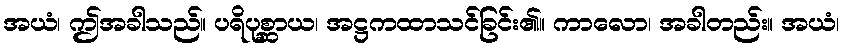
အယံ၊ ဤအခါသည်။ ပရိပုစ္ဆာယ၊ အဋ္ဌကထာသင်ခြင်း၏။ ကာလော၊ အခါတည်း။ အယံ၊